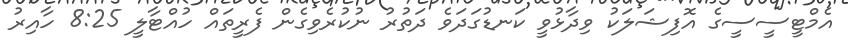
އެމްޓީސީސީގެ އޮފިޝަލަކު ވިދާޅުވީ ކަނޑުގަދަވެ ދަތުރު ނުކުރެވިގެން ފެރީތައް ހުއްޓާލީ 8:25 ހާއިރު